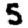
Digit: 5